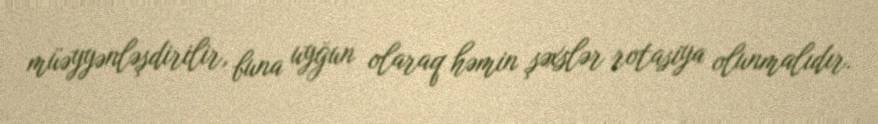
müəyyənləşdirilir, buna uyğun olaraq həmin şəxslər rotasiya olunmalıdır.